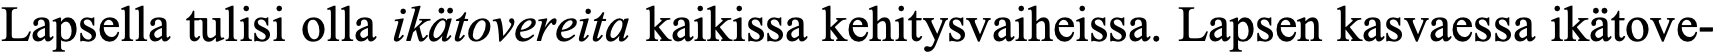
Lapsella tulisi olla ikätovereita kaikissa kehitysvaiheissa. Lapsen kasvaessa ikätove-